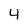
Character: 4